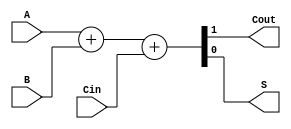
/*
add-sub.v
Developed By: Silas Rodriguez @ Texas Tech University
*/

/**
	@brief: full_adder - Adder Logic for 1 bit numbers
 	@input A, B: Bits to be added
  	@input Cin: Carried bit from previous adder, or select
   	@output Cout: Carry bit from adder
    	@output S: Sum of A + B + Cin
*/
module full_adder(A, B, Cin, Cout, S);
	input A, B, Cin;
	output Cout, S;			// cout = carry out (to next adder)
							// S = sum
	assign {Cout, S} = A + B + Cin;		// Cout will get the extra bit, S will store its bit
endmodule

/**
	@brief: top - Full adder subtractor control level
 	@input: A, B: Numbers to be added
  	@input S: 'Select' 0 for add, 1 for subtract
   	@output F: Sum of A+B or Difference A-B
*/
module top(A, B, S, F);
	input [31:0] A, B;		// Numbers to be added
	input S;				// Select for Sub
	output [31:0] F;		// Output bits

	wire [31:0] carrywires;	// Carry between full adders
	genvar i;
	// Generate 32 instances
	generate
		for (i = 0; i<32; i = i+1) begin
			if (i==0) begin
				full_adder u0 (.A(A[0]), .B(B[0] ^ S), .Cin(S), .Cout(carrywires[0]), .S(F[0]));				// 0th adder to take S
			end
			else begin
				full_adder ui (.A(A[i]), .B(B[i] ^ S), .Cin(carrywires[i-1]), .Cout(carrywires[i]), .S(F[i]));	// ith adder
			end
		end
	endgenerate
endmodule

/**
	@brief: testbench simulation for top module
*/
module testbench;
	// Change this parameter for larger numbers : 2 ** 32 Max = 4294967296, chose 8 Bit for "8 bit registers in assembly"
	parameter N = (2**8);
	parameter PrintNeg = 0;	// flip to 1 to print signed
    // Inputs
    reg [31:0] A, B;
 	reg S;
    // Outputs
	wire [31:0] F;

	// Loop variables
	integer i;
	integer j;
    // Instantiate the top module
    top uut (
        .A(A), .B(B), .S(S), .F(F) 
	);
    // Apply test vectors
    initial begin
		// For addition
		$display("Addition:");	// show updated output
		S = 0;
		for (i = 0; i<N; i=i+1) begin
			for (j = 0; j<N; j=j+1) begin
				A = i;
				B = j;
				#10 $display("%d + %d = %d", A, B, F);	// show updated output
			end
		end
		// for subtraction
		$display("Subtraction:");	// show updated output
		S = 1;
		for (i = 0; i<N; i=i+1) begin
			for (j = 0; j<N; j=j+1) begin
				A = i;
				B = j;
				#10 $display("%d - %d = %d", A, B, F);	// show updated output
			end
		end
        // Finish simulation
        $finish;
    end
endmodule